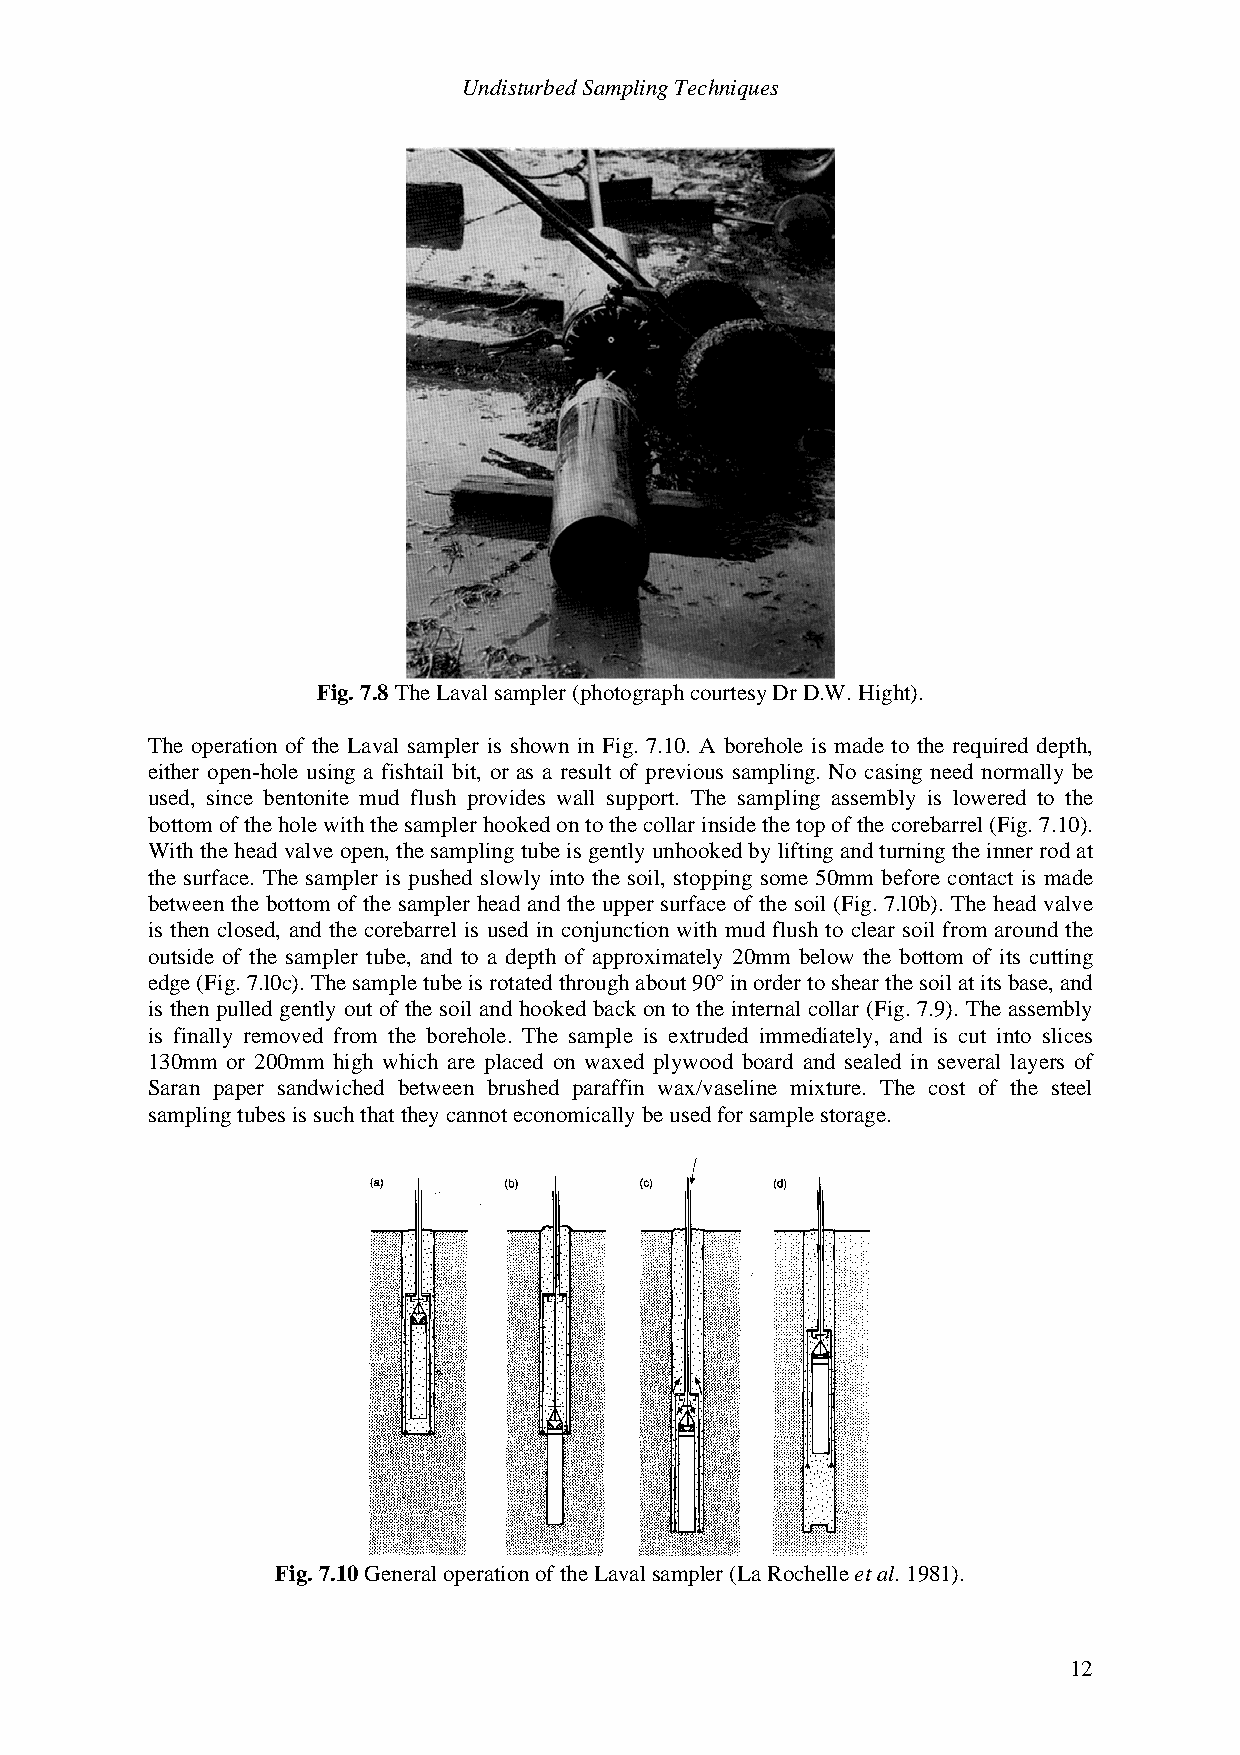
Undisturbed Sampling Techniques
 Fig. 7.8 The Laval sampler (photograph courtesy Dr D.W. Hight).
 The operation of the Laval sampler is shown in Fig. 7.10. A borehole is made to the required depth,
 either open-hole using a fishtail bit, or as a result of previous sampling. No casing need normally be
 used, since bentonite mud flush provides wall support. The sampling assembly is lowered to the
 bottom of the hole with the sampler hooked on to the collar inside the top of the corebarrel (Fig. 7.10).
 With the head valve open, the sampling tube is gently unhooked by lifting and turning the inner rod at
 the surface. The sampler is pushed slowly into the soil, stopping some 50mm before contact is made
 between the bottom of the sampler head and the upper surface of the soil (Fig. 7.l0b). The head valve
 is then closed, and the corebarrel is used in conjunction with mud flush to clear soil from around the
 outside of the sampler tube, and to a depth of approximately 20mm below the bottom of its cutting
 edge (Fig. 7.l0c). The sample tube is rotated through about 90° in order to shear the soil at its base, and
 is then pulled gently out of the soil and hooked back on to the internal collar (Fig. 7.9). The assembly
 is finally removed from the borehole. The sample is extruded immediately, and is cut into slices
 130mm or 200mm high which are placed on waxed plywood board and sealed in several layers of
 Saran paper sandwiched between brushed paraffin wax/vaseline mixture. The cost of the steel
 sampling tubes is such that they cannot economically be used for sample storage.
 Fig. 7.10 General operation of the Laval sampler (La Rochelle et al. 1981).
 12